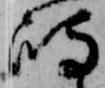
嶋